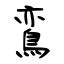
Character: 鵉